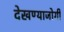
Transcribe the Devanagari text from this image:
देखण्याजोगी